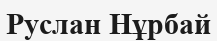
Руслан Нұрбай